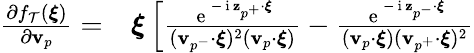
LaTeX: \begin{array}{rl}{\frac{\partial f_{\mathcal{T}}(\boldsymbol{\xi})}{\partial\textbf{v}_{p}}=}&{{}\boldsymbol{\xi}\left[\frac{\mathrm{~e~}^{-\mathrm{~i~}\mathbf{z}_{p^{+}}\cdot\boldsymbol{\xi}}}{(\textbf{v}_{p^{-}}\cdot\boldsymbol{\xi})^{2}(\textbf{v}_{p}\cdot\boldsymbol{\xi})}-\frac{\mathrm{~e~}^{-\mathrm{~i~}\mathbf{z}_{p^{-}}\cdot\boldsymbol{\xi}}}{(\textbf{v}_{p}\cdot\boldsymbol{\xi})(\textbf{v}_{p^{+}}\cdot\boldsymbol{\xi})^{2}}\right.}\end{array}